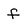
Character: f